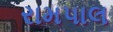
રામપાલ